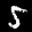
Label: 5